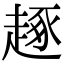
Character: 𧼙